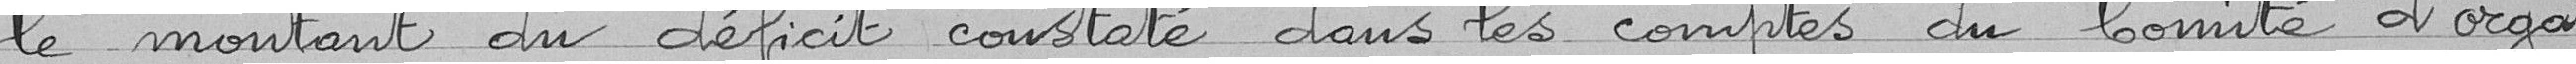
le montant du déficit constaté dans les comptes du Comité d'orga-